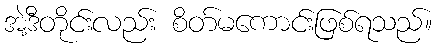
အဲ့ဒီတိုင်းလည်း စိတ်မကောင်းဖြစ်ရသည်။